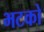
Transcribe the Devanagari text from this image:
भटको